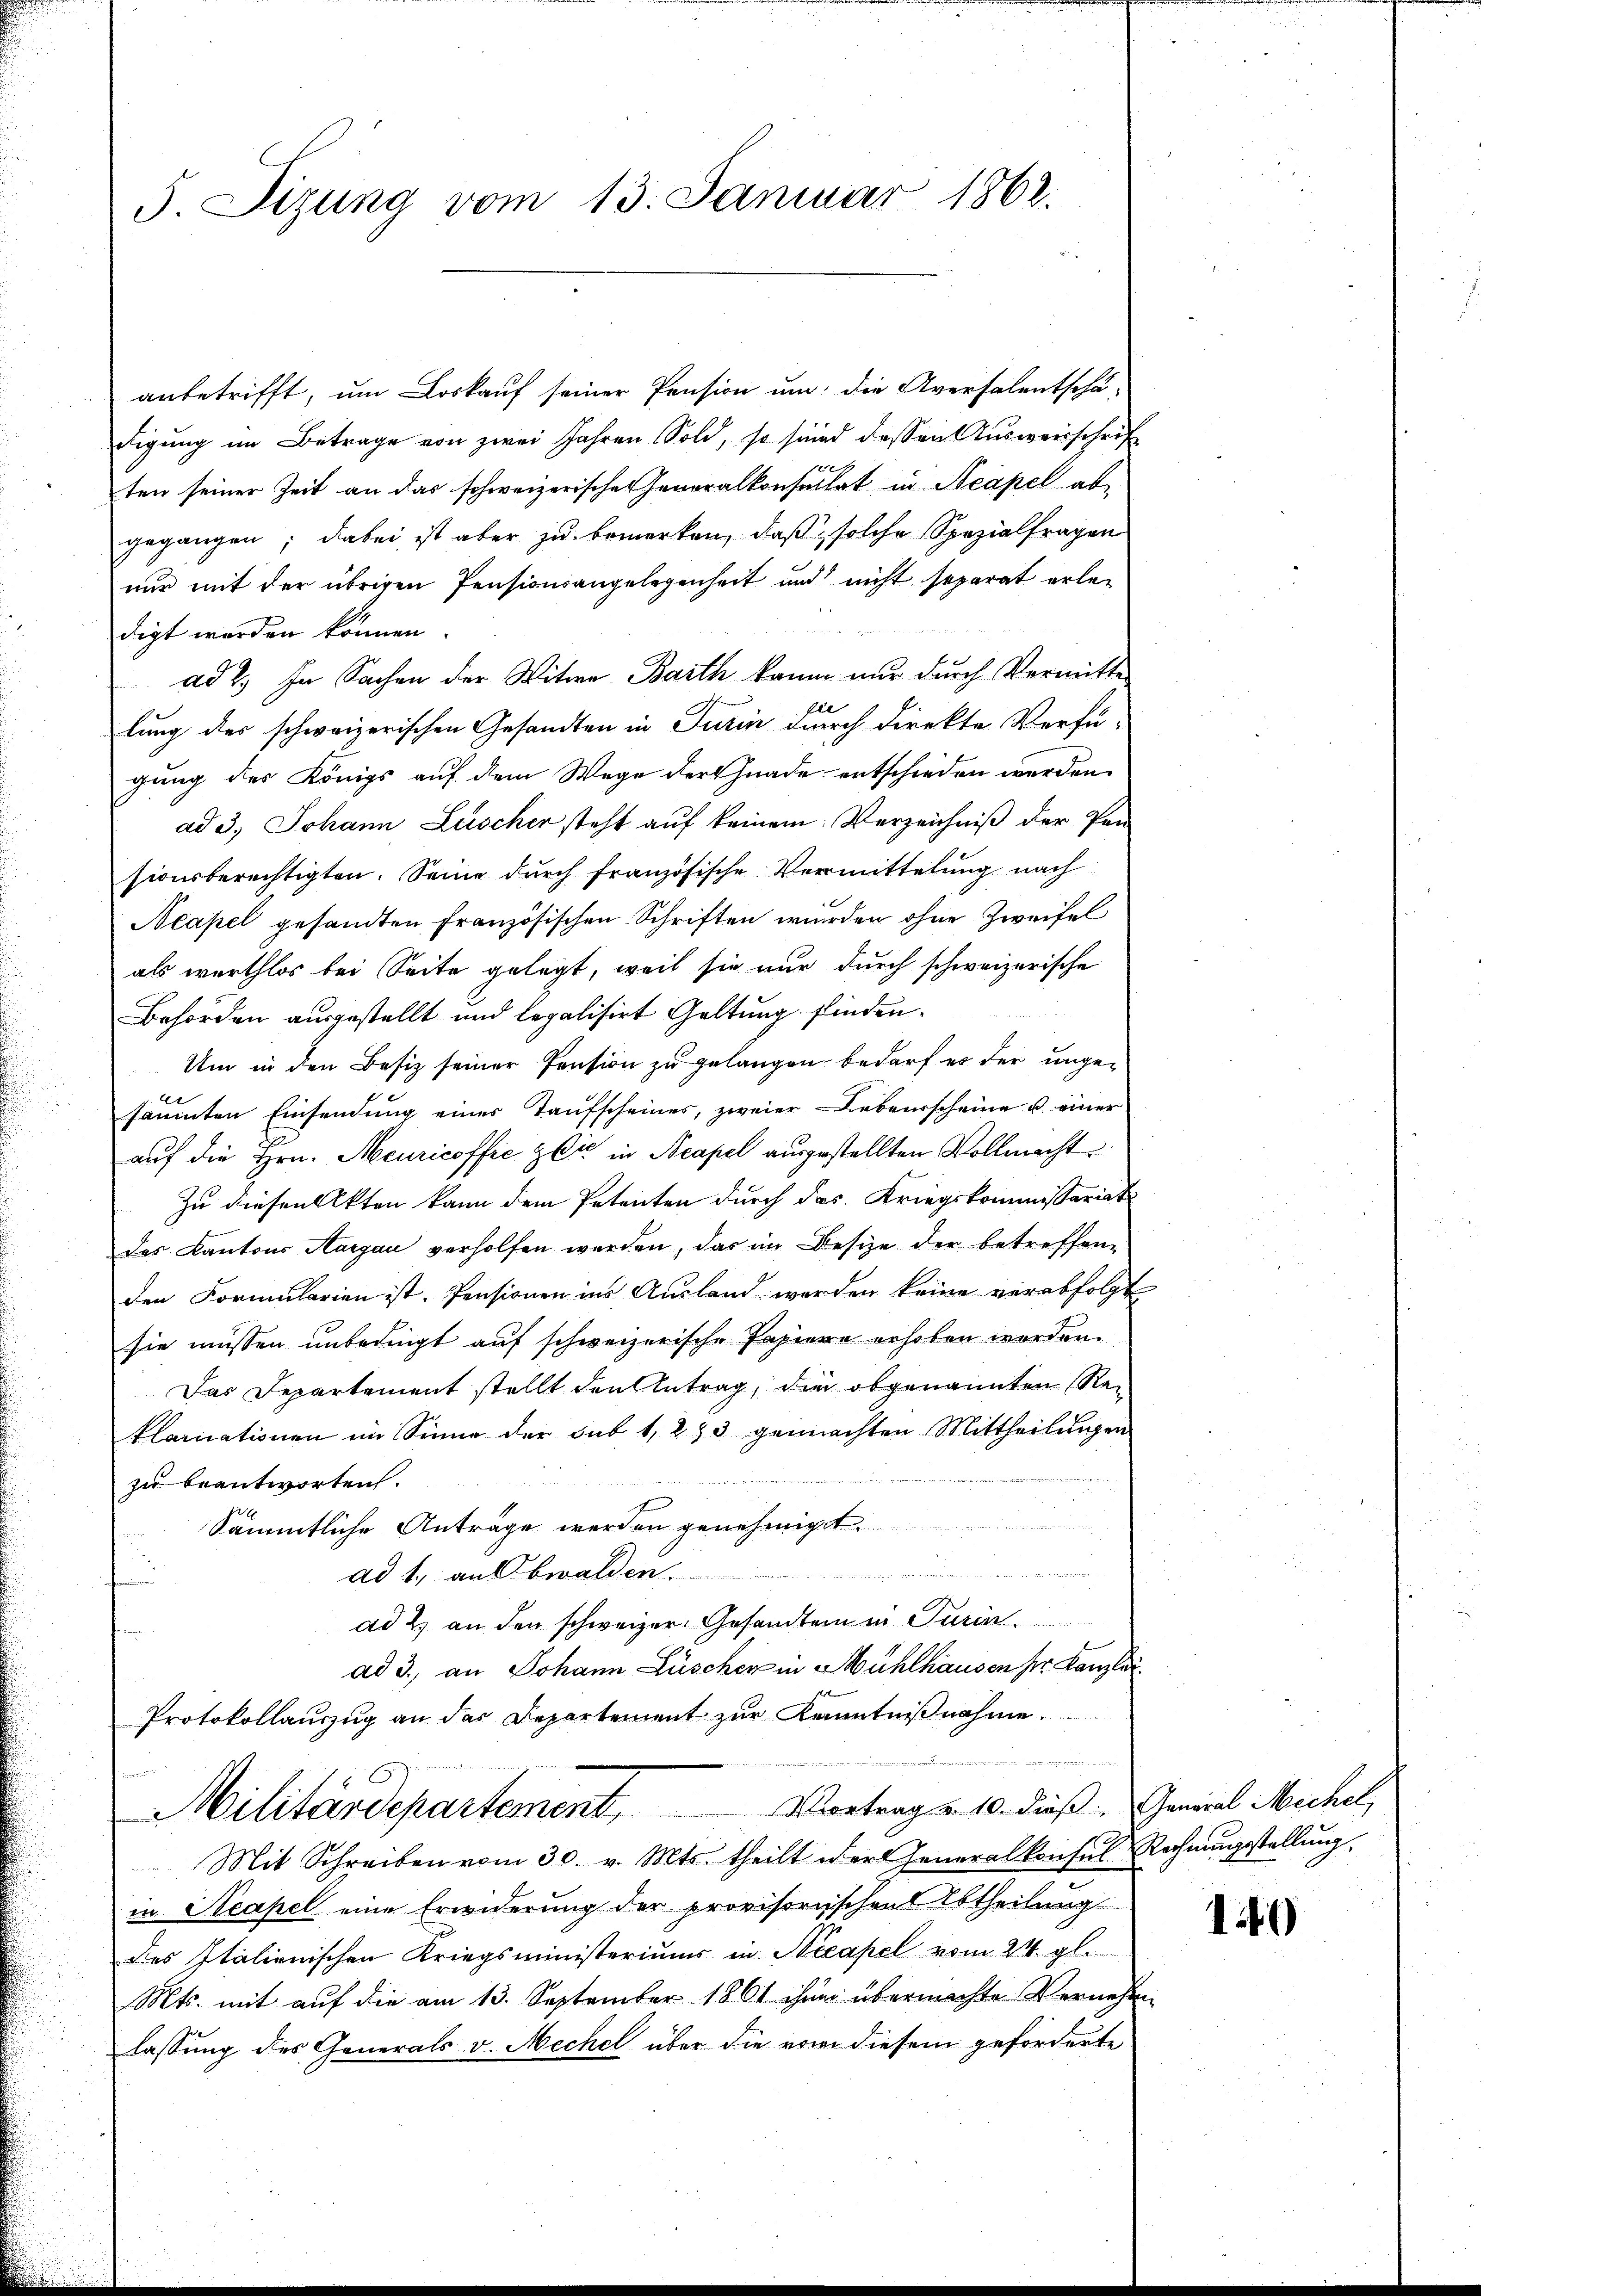
5. Sizung vom 13. Januar 1862.

anbetrifft, um Loskauf seiner Pension um die Aversalentschä-
digung im Betrage von zwei Jahren Sold, so sind dessen Ausweisschrift
ten seiner Zeit an das schweizerische Generalkonsulat in Neapel abgegangen; dabei ist aber zu bemerken, daß solche Spezialfragen
nur mit der übrigen Pensionsangelegenheit und nicht separat erler
digt werden können.
ad 2.) In Sachen der Witwe Barth kann nur durch Vermitte
lung des schweizerischen Gesandten in Turin durch direkte Verfü-
gung des Königs auf dem Wege der Gnade entschieden werden.
ad 3. Johann Luscher steht auf keinem Verzeichniß der Pen-
sionsberechtigten. Seine durch französische Vermittelung nach
Neapel gesandten Französischen Schriften wurden ohne Zweifel
als werthlos bei Seite gelegt, weil sie nur durch schweizerische
Behörden ausgestellt und legalisirt Geltung finden.
Um in den Besitz seiner Pension zu gelangen bedarf es der ungesäumten Einsendung eines Taufscheines, zweier Lebensscheine u. einer
auf die Hrn. Meuricoffić die in Neapel ausgestellten Vollmacht
Zu diesen Akten kann dem Petenten durch das Kriegskommissariat
das Kantons Aargau verholfen werden, das im Besize der betreffene
den Formularien ist. Pensionen ins Ausland werden keine verabfolgt
sie müssen unbedingt auf schweizerische Papiere erhoben worden.
Das Departement stellt den Antrag, die obgenannten Reklamationen im Sinne der sub 1, 223 gemachten Mittheilungen

zu beantworten.
Sämmtliche Anträge werden genehmigt.
m
s
ad 1., an Obwalden.
ad 2. an den schweizer Gesandten in Turin
ad 3., an Johann Lüscher in Mühlhausen pr. Kanzlei
Protokollauszug an das Departement zur Kenntnißnahme.
Vortrag u. 10. dieß General Mechel,
Militärdepartement,
Mit Schreiben vom 30. v. Mts. theilt der Generalkonsul Rechnungsstellung,
in Neapel eine Erwiderung der provisorischen Abtheilung
des Italienischen Kriegsministeriums in Seeapel vom 24. gl.
Mts. mit auf die am 13. September 1861 ihnen übermachte Vernehm
lassung des Generals v. Mechel über die von diesem geforderte

1